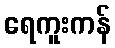
ရေကူးကန်